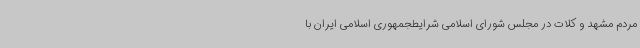
مردم مشهد و کلات در مجلس شورای اسلامی شرایطجمهوری اسلامی ایران با